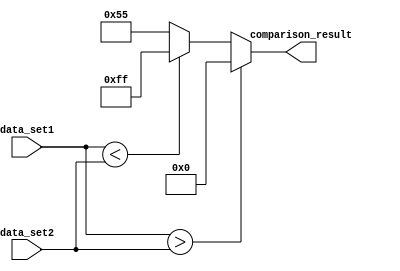
module parallel_comparator (
    input [7:0] data_set1,
    input [7:0] data_set2,
    output [7:0] comparison_result
);

assign comparison_result = data_set1 > data_set2 ? 8'b00000000 :
                           data_set1 < data_set2 ? 8'b11111111 :
                           8'b01010101;

endmodule